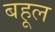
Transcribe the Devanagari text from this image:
बहूल